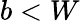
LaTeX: b<W